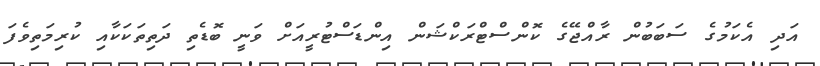
އަދި އެކަމުގެ ސަބަބުން ރާއްޖޭގެ ކޮންސްޓްރަކްޝަން އިންޑަސްޓުރީއަށް ވަނީ ބޮޑެތި ދަތިތަކަކާއި ކުރިމަތިވެފަ